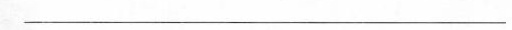
___